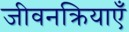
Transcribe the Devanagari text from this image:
जीवनक्रियाएँ